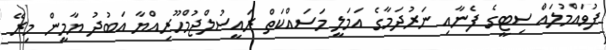
ފުވައްމުލައް ސިޓީގެ ފެނާއި ނަރުދަމާގެ އަމަލީ މަސައްކަތް ރައީސުލްޖުމްހޫރިއްޔާ އަބުދު ޔާމީން މިރޭ